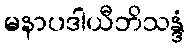
မနာပဒါယီဘိသန္ဒံ